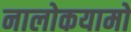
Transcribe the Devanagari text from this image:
नालोकयामो